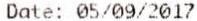
DATE: 05/09/2017